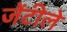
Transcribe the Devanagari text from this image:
जेंटीले